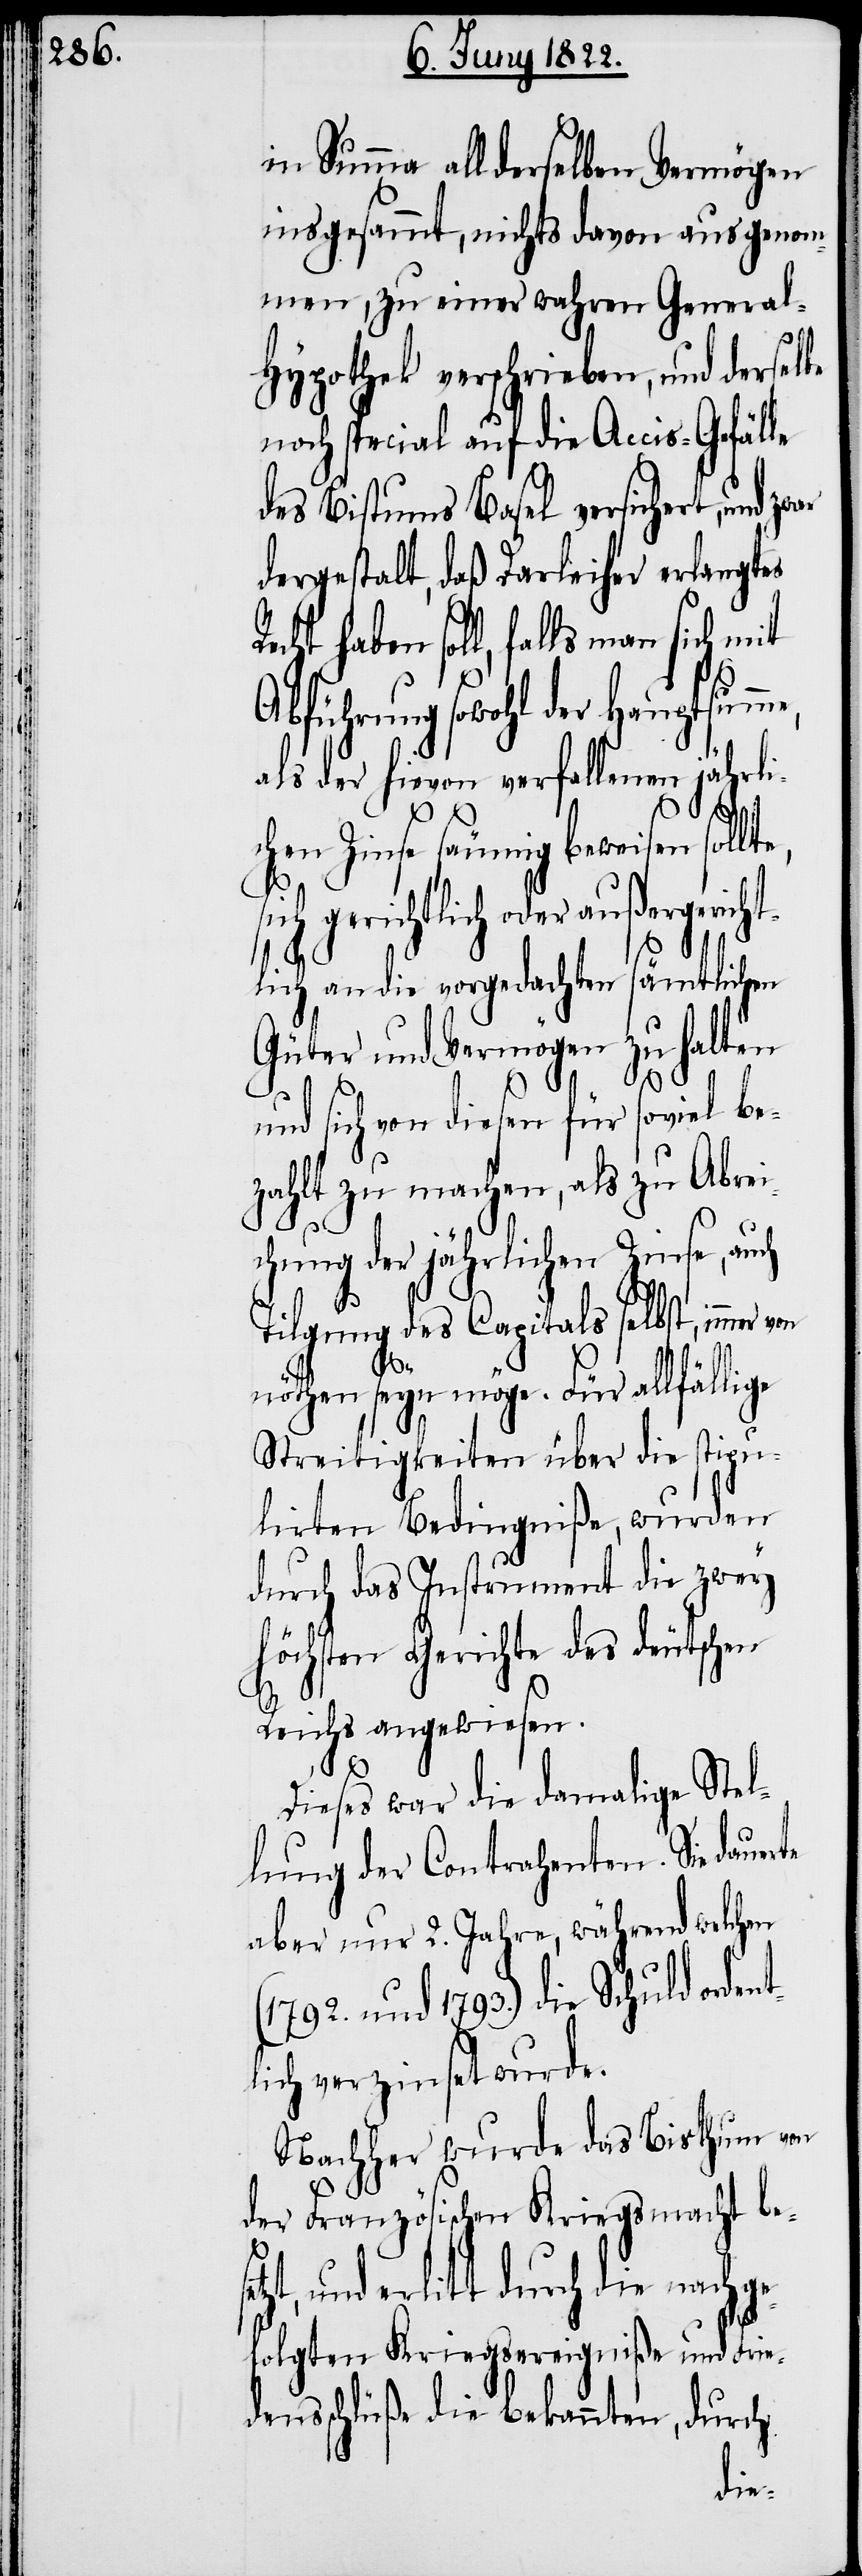
in Summa all derselben Vermögen
insgesammt, nichts davon ausgenom¬
men, zu einer wahren General¬
hypothek verschrieben, und derselbe
noch special auf die Accis-Gefälle
des Bistums Basel versichert, und z¬
dergestalt, daß Darleiher erlangtes
haben soll, falls man sich mit
Abführung sowohl der Hauptsumme,
als der hievon verfallenen jährli¬
s¬
set¬
chen Zinse säumig beweisen sollte,
sich gerichtlich oder außergericht¬
ämtlichen
lich an die vorgedachten
Güter und Vermögen zu halten
und sich von diesen für soviel be¬
zahlt zu machen, als zu Abrei¬
chung der jährlichen Zinse, au¬
ch
Tilgung des Capitals selbst, immer
nöthen seyn möge. Für allfällige
Streitigkeiten über die stipu¬
lirten Bedingniße, wurden
durch das Instrument die zwey
höchsten Gerichte des deutschen
Reichs angewiesen.
Dieses war die damalige Stel¬
lung der Contrahenten. Sie dauer¬
aber nur 2. Jahre, während welchen
(1792. und 1793.) die Schuld ordent¬
lich verzinset wurde.
Nachher wurde das Bisthum von
der Französischen Kriegsmacht be¬
zt, und erlitt durch die nachge¬
folgten Kriegsereigniße und Frie¬
densschlüße die bekannten, durch